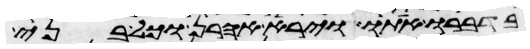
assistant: בדברו אתו וירא אהרן וכל בני